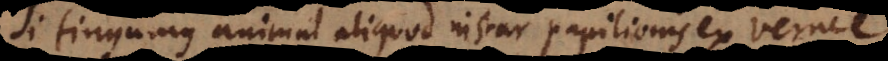
Si fingamus animal aliquod instar papilionis ex verme